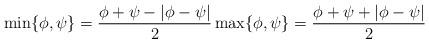
LaTeX: \begin{align*}\min \{\phi,\psi\} = \frac{\phi + \psi-|\phi - \psi|}{2}\max \{\phi,\psi\} = \frac{\phi + \psi+|\phi - \psi|}{2}\end{align*}